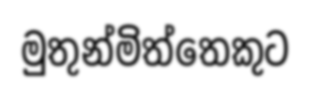
මුතුන්මිත්තෙකුට